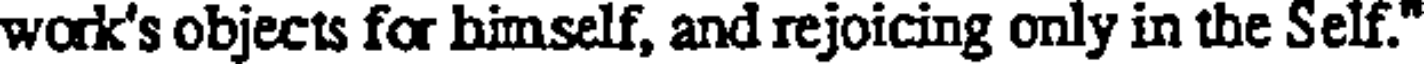
work's objects for himself, and rejoicing only in the Self."